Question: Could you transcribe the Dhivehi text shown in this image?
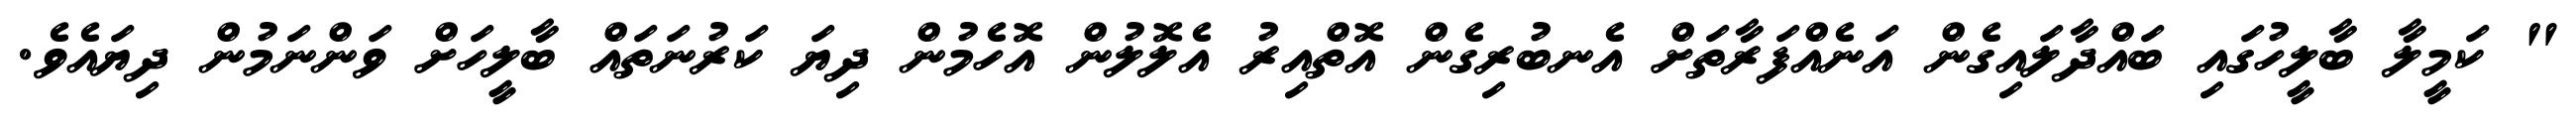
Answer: " ކަމީލާ ބާލީހުގައި ބައްދާލައިގެން އަނެއްފަރާތަށް އެނބުރިގެން އޮތްއިރު އެލޮލުން އޮހެމުން ދިޔަ ކަރުނަތައް ބާލީހަށް ވަންނަމުން ދިޔައެވެ.